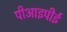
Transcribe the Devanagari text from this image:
पीआइपीई